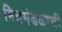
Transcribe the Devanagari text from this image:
मित्रमंडळाची